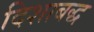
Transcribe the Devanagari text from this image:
दिशाबद्ध